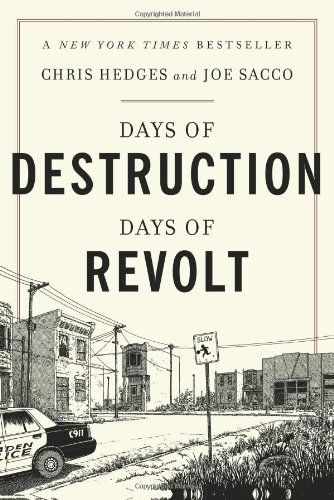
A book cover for Days of Destruction, Days of Revolt; Chris Hedges; Business & Money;